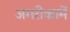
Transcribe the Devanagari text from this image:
अमरीकामें